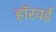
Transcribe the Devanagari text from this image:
हॉरवर्ड